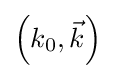
\left(k_{0},{\vec {k}}\right)